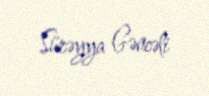
Sürəyya Gəncəli